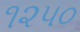
૧૨૫૦